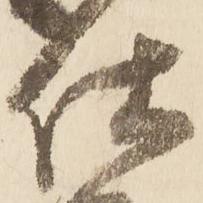
仕